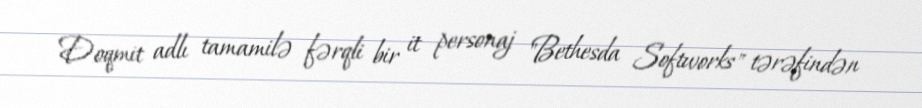
Doqmit adlı tamamilə fərqli bir it personaj "Bethesda Softworks" tərəfindən